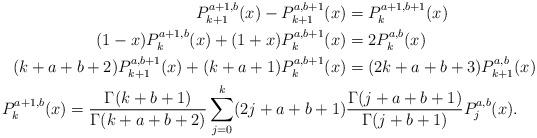
LaTeX: \begin{align*}P_{k+1}^{a+1,b}(x)-P_{k+1}^{a,b+1}(x)&=P_{k}^{a+1,b+1}(x)\\(1-x)P_{k}^{a+1,b}(x)+(1+x)P_{k}^{a,b+1}(x)&=2P_{k}^{a,b}(x)\\(k+a+b+2)P_{k+1}^{a,b+1}(x)+(k+a+1)P_{k}^{a,b+1}(x)&=(2k+a+b+3)P_{k+1}^{a,b}(x)\\P_k^{a+1,b}(x)=\frac{\Gamma(k+b+1)}{\Gamma(k+a+b+2)}\sum_{j=0}^k(2j+a+b+1)&\frac{\Gamma(j+a+b+1)}{\Gamma(j+b+1)}P_j^{a,b}(x).\end{align*}